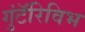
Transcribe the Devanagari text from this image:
गुंटॅरिविभ